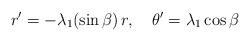
LaTeX: \begin{align*}r'=-\lambda_1(\sin\beta)\, r,\quad\theta'=\lambda_1\cos\beta\end{align*}